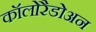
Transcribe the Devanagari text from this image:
कॉलोरैडोअन